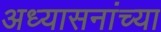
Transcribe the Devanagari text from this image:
अध्यासनांच्या